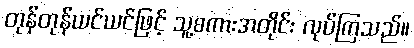
တုန်တုန်ယင်ယင်ဖြင့် သူ့စကားအတိုင်း လုပ်ကြသည်။